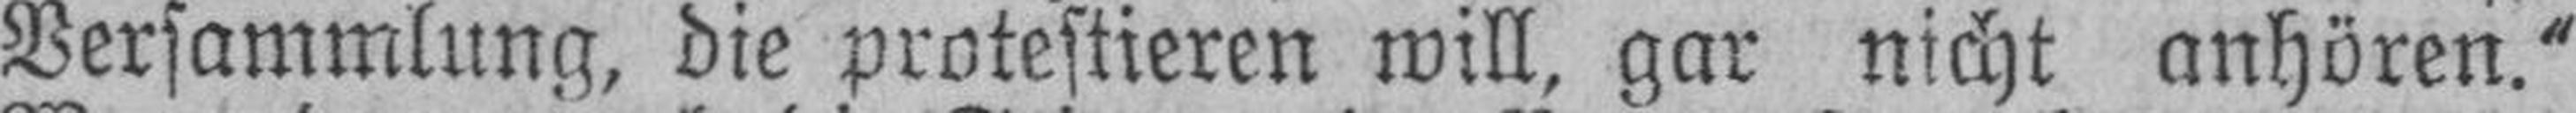
Versammlung, die protestieren will, gar nicht anhören.“